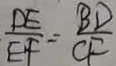
\frac { D E } { E F } = \frac { B D } { C F }